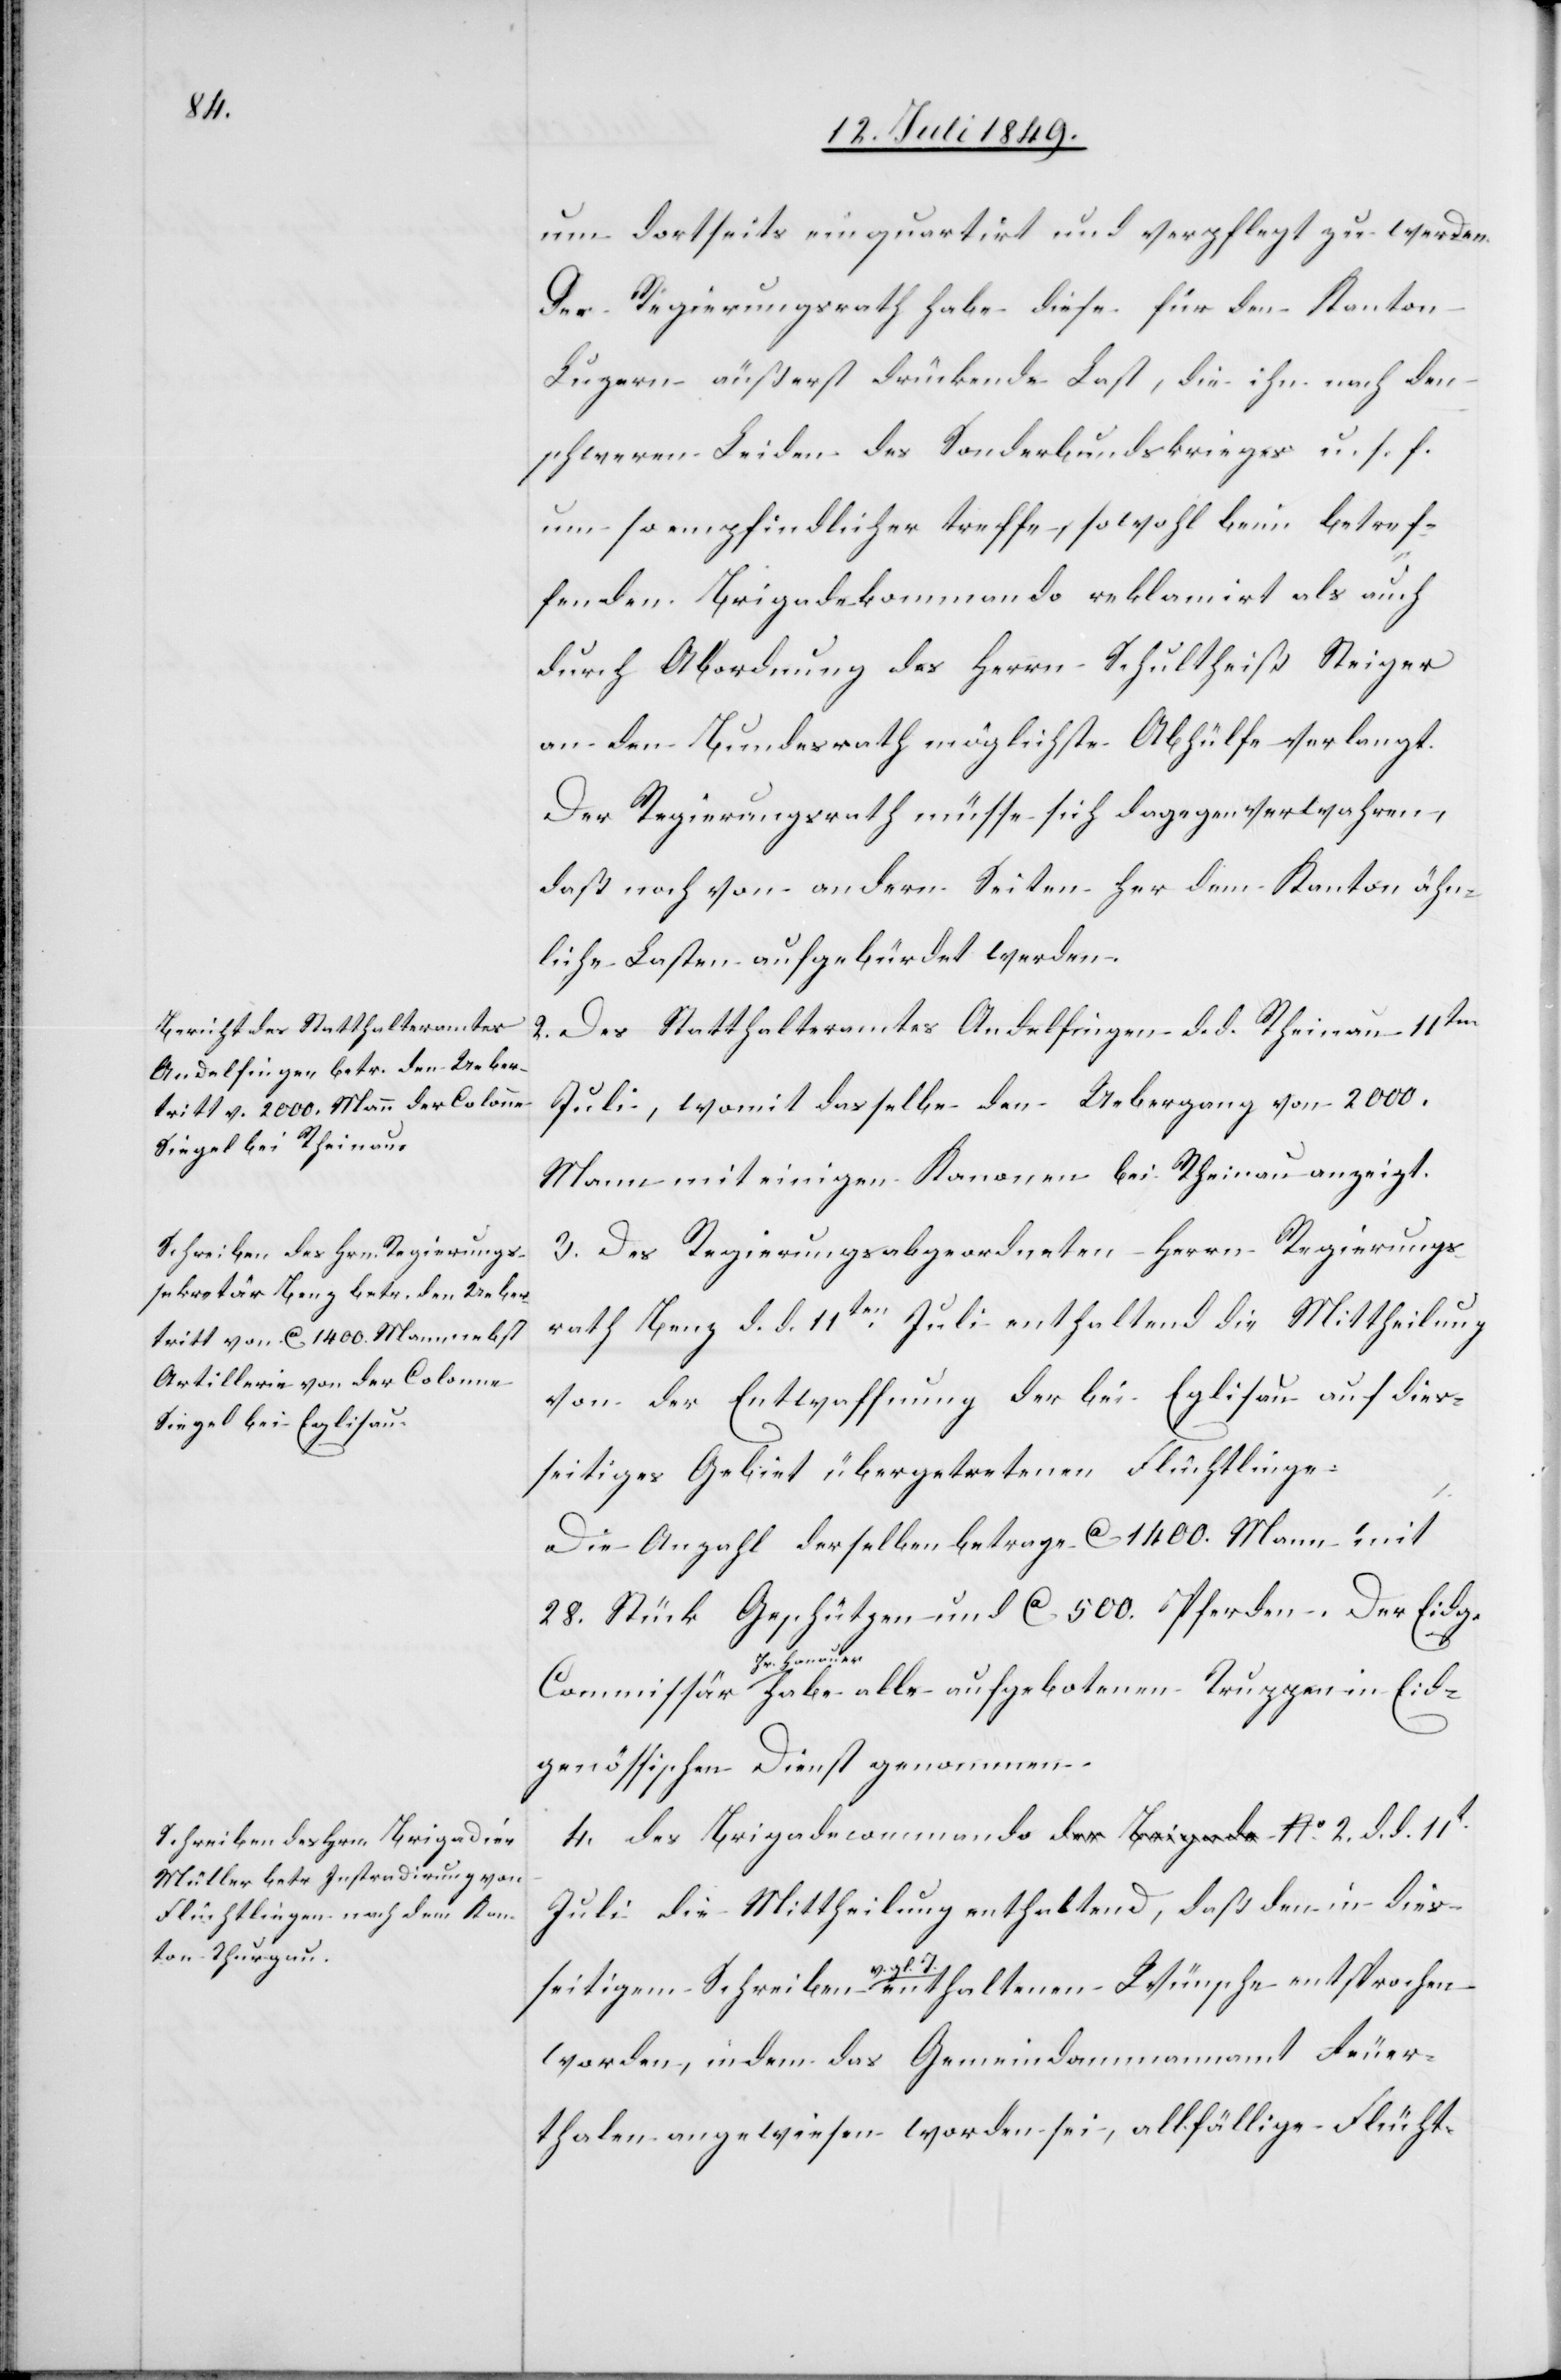
um dortseits einquartirt und verpflegt zu werden.
Der Regierungsrath habe diese für den Kanton
Luzern äußerst drükende Last, die ihn nach den
schweren Leiden des Sonderbundskrieges u. s. f.
um so empfindlicher treffe, sowohl beim betref¬
fenden Brigadekommando reklamirt als auch
durch Abordnung des Herrn Schultheiß Steiger
an den Bundesrath möglichste Abhülfe verlangt.
Der Regierungsrath müsse sich dagegen verwahren,
daß noch von andern Seiten her dem Kanton ähn¬
liche Lasten aufgebürdet werden.
2. Des Statthalteramtes Andelfingen d. d. Rheinau 11ten
Juli, womit dasselbe den Uebergang von 2000.
Mann mit einigen Kanonen bei Rheinau anzeigt.
3. Des Regierungsabgeordneten Herrn Regierungs¬
rath Benz d. d. 11ten Juli enthaltend die Mittheilung
von der Entwaffnung der bei Eglisau auf dies¬
seitiges Gebiet übergetretenen Flüchtlinge.
gl.
Die Anzahl derselben betrage ca 1400. Mann mit
28. Stück Geschützen und ca 500. Pferden. Der Eidg.
Wünsche
Honauer habe alle aufgebotenen Truppen in Eid¬
genössischen Dienst genommen.
4. des Brigadecommando No. 2. d. d. 11t
Juli die Mittheilung enthaltend, daß den in dies¬
worden, indem das Gemeindammannamt Feuer¬
thalen angewiesen worden sei, allfällige Flücht-